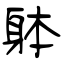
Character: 躰